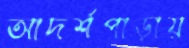
আদর্শপাড়ায়